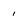
Character: 1